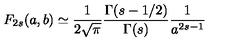
F _ { 2 s } ( a , b ) \simeq \frac { 1 } { 2 \sqrt { \pi } } \frac { \Gamma ( s - 1 / 2 ) } { \Gamma ( s ) } \frac { 1 } { a ^ { 2 s - 1 } }